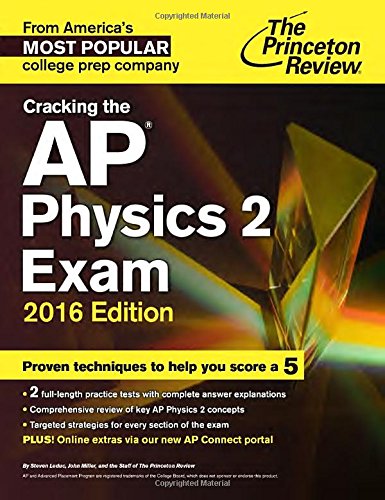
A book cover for Cracking the AP Physics 2 Exam, 2016 Edition (College Test Preparation); Princeton Review; Test Preparation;